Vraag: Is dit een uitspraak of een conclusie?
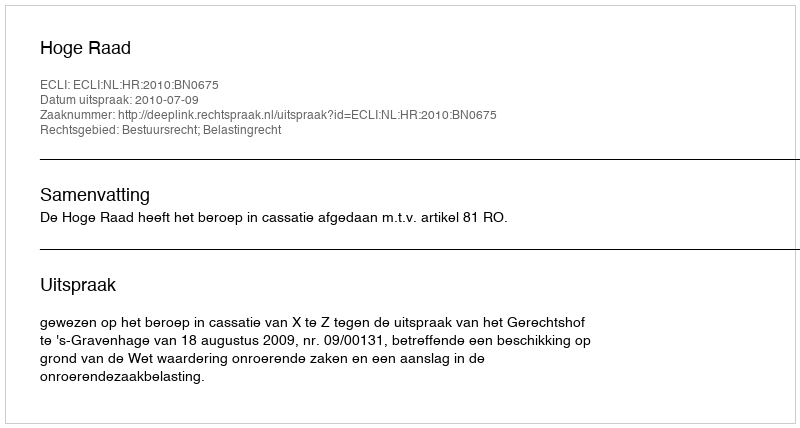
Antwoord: Uitspraak